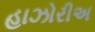
હાઝોરીઅ